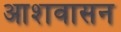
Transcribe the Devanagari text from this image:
आशवासन